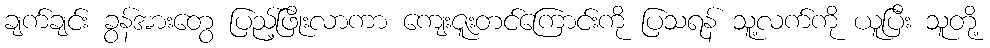
ချက်ချင်း ခွန်အားတွေ ပြည့်ဖြိုးလာကာ ကျေးဇူးတင်ကြောင်းကို ပြသရန် သူ့လက်ကို ယူပြီး သူတို့